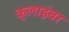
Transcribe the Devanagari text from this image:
क्लाइंबर